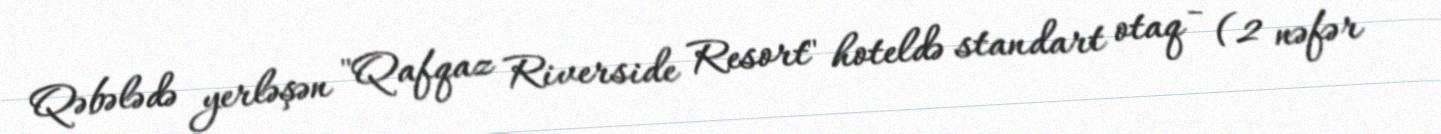
Qəbələdə yerləşən "Qafqaz Riverside Resort" hoteldə standart otaq - (2 nəfər